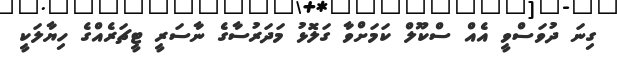
ގިނަ ދުވަސްވީ އެއް ސްކޫލް ކަމަށްވާ ގަލޮޅު މަދަރުސާގެ ނާސަރީ ޓީޗަރެއްގެ ހިޔާލަކީ